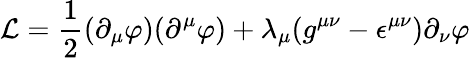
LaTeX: {\cal L}=\frac{1}{2}(\partial_{\mu}\varphi)(\partial^{\mu}\varphi)+\lambda_{\mu}(g^{\mu\nu}-\epsilon^{\mu\nu})\partial_{\nu}\varphi